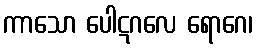
ကာသော ပေါဋဂလေ ရောဂေ၊